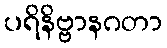
ပရိနိဗ္ဗာနဂတာ